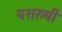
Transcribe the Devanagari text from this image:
यशरुपी